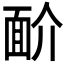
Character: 𩈋